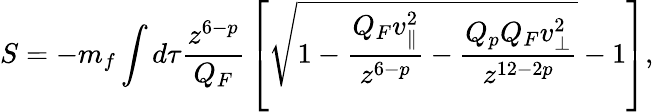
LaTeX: S=-m_{f}\int d\tau{\frac{z^{6-p}}{Q_{F}}}\left[\sqrt{1-{\frac{Q_{F}v_{\parallel}^{2}}{z^{6-p}}}-{\frac{Q_{p}Q_{F}v_{\perp}^{2}}{z^{12-2p}}}}-1\right],